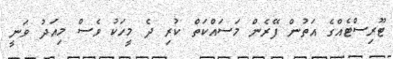
ޓޫރިސްޓެއްގެ އަތުން ފޭރެން މަސައްކަތް ކުރި ދެ މީހަކު ވެސް މިއަދު ވަނީ